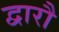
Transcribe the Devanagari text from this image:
द्वारौ